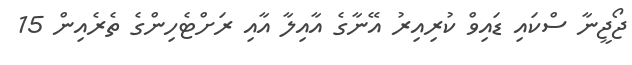
ޖޯޖީނާ ސްކައި ޑައިވް ކުރިއިރު އޭނާގެ އާއިލާ އާއި ރަށްޓެހިންގެ ތެރެއިން 15